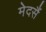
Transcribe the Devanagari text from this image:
मेदसैं